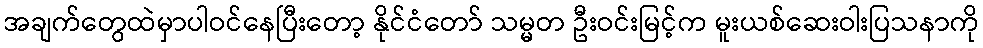
အချက်တွေထဲမှာပါဝင်နေပြီးတော့ နိုင်ငံတော် သမ္မတ ဦးဝင်းမြင့်က မူးယစ်ဆေးဝါးပြသနာကို